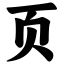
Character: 页